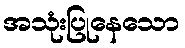
အသုံးပြုနေသော